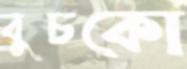
বুচকো